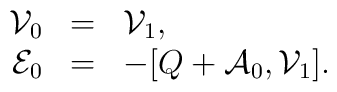
\begin{array}{rcl} {\cal{V}}_0 &=& {\cal{V}}_1, \\ {\cal{E}}_0 &=& -[Q+{\cal{A}}_0, {\cal{V}}_1].  \end{array}